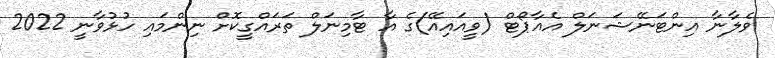
ވެލާނާ އިންޓަނޭޝަނަލް އެއާޕޯޓް (ވީއައިއޭ)ގެ އާ ޓާމިނަލް ތަރައްގީކޮށް ނިންމައި ހުޅުވާނީ 2022